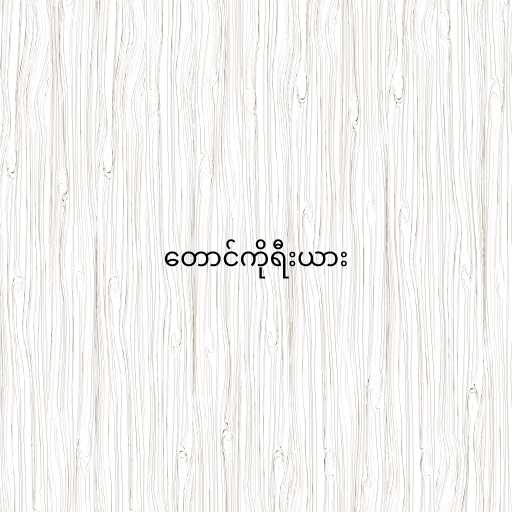
တောင်ကိုရီးယား